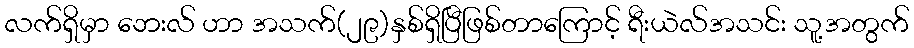
လက်ရှိမှာ ဘေးလ် ဟာ အသက်(၂၉)နှစ်ရှိပြီဖြစ်တာကြောင့် ရီးယဲလ်အသင်း သူ့အတွက်